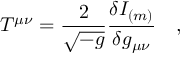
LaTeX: T ^ { \mu \nu } = { \frac { 2 } { \sqrt { - g } } } { \frac { \delta I _ { ( m ) } } { \delta g _ { \mu \nu } } } ~ ~ ~ ,